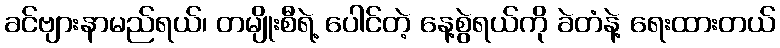
ခင်ဗျားနာမည်ရယ်၊ တမျိုးစီရဲ့ ပေါင်တဲ့ နေ့စွဲရယ်ကို ခဲတံနဲ့ ရေးထားတယ်